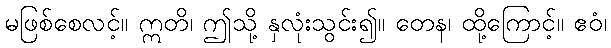
မဖြစ်စေလင့်။ ဣတိ၊ ဤသို့ နှလုံးသွင်း၍။ တေန၊ ထို့ကြောင့်။ ဧဝံ၊